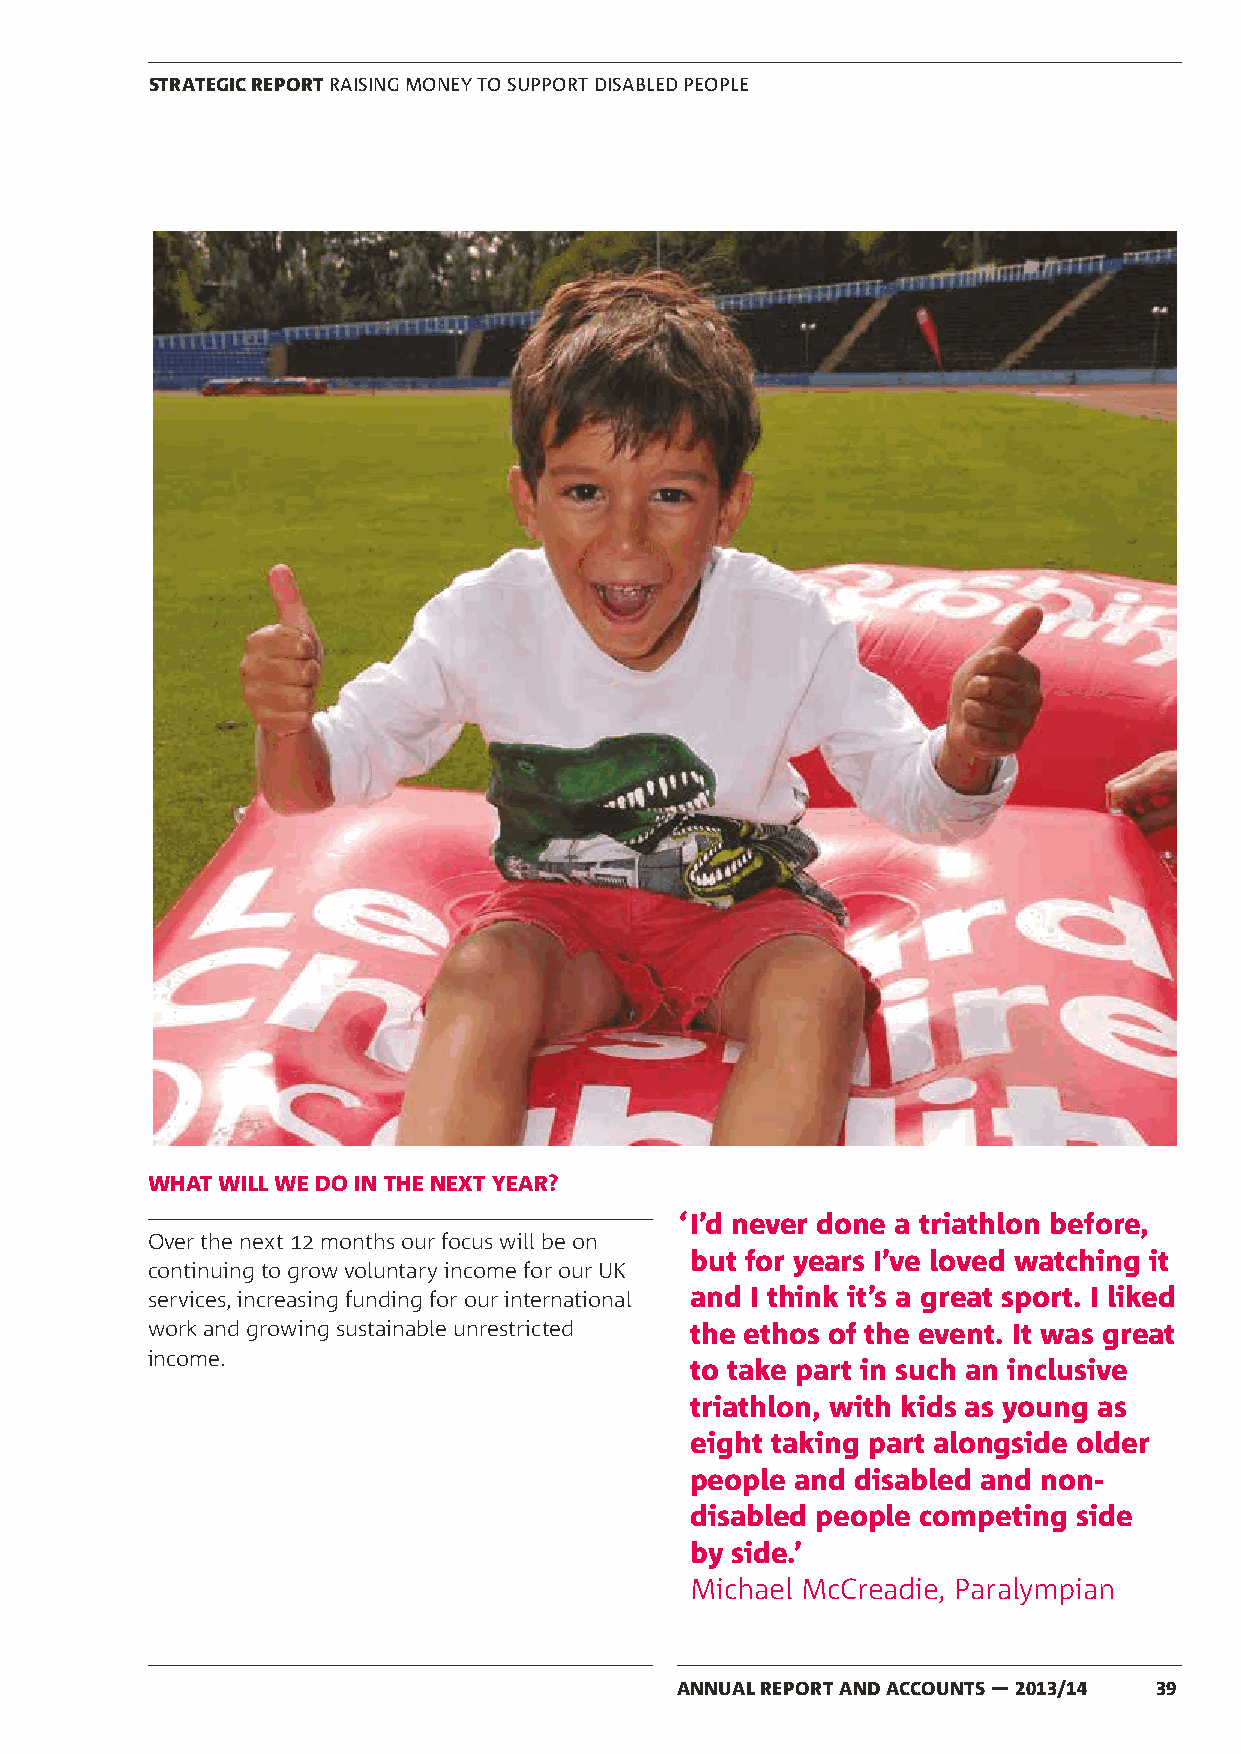
STRATEGIC REPORT RAISING MONEY TO SUPPORT DISABLED PEOPLE
 WHAT WILL WE DO IN THE NEXT YEAR?
 ‘ I’d never done a triathlon before,
 Over the next 12 months our focus will be on
 but for years I’ve loved watching it
 continuing to grow voluntary income for our UK
 services, increasing funding for our international and I think it’s a great sport. I liked
 work and growing sustainable unrestricted the ethos of the event. It was great
 income.
 to take part in such an inclusive
 triathlon, with kids as young as
 eight taking part alongside older
 people and disabled and non-
 disabled people competing side
 by side.’
 Michael McCreadie, Paralympian
 ANNUAL REPORT AND ACCOUNTS — 2013/14 39